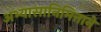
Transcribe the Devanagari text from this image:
अभ्यासानिमित्ताने